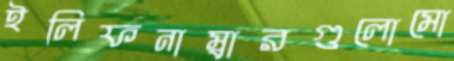
ইলিফনাম্বারগুলোমো